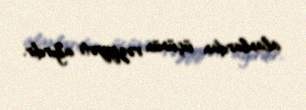
alanlardan üçünün vəziyyəti ağırdır.